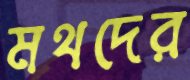
মথদের